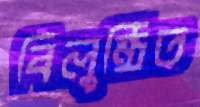
বিলুন্ঠিত